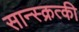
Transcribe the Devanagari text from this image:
सान्स्क्रत्की